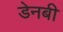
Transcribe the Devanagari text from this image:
डेनबी